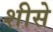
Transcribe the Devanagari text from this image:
शीसे